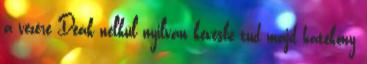
a vezére Deák nélkül nyilván kevésbé tud majd hatékony